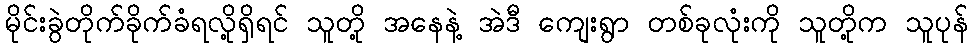
မိုင်းခွဲတိုက်ခိုက်ခံရလို့ရှိရင် သူတို့ အနေနဲ့ အဲဒီ ကျေးရွာ တစ်ခုလုံးကို သူတို့က သူပုန်